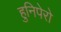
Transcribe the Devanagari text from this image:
हुनिपेरो